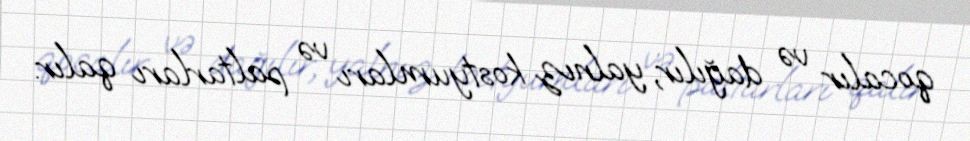
qocalır və dağılır, yalnız kostyumları və paltarları qalır.